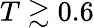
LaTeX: T\gtrsim 0.6